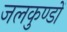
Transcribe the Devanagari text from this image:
जलकुण्डों